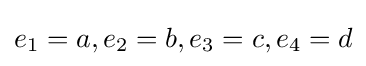
e_{1}=a,e_{2}=b,e_{3}=c,e_{4}=d